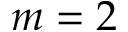
m = 2